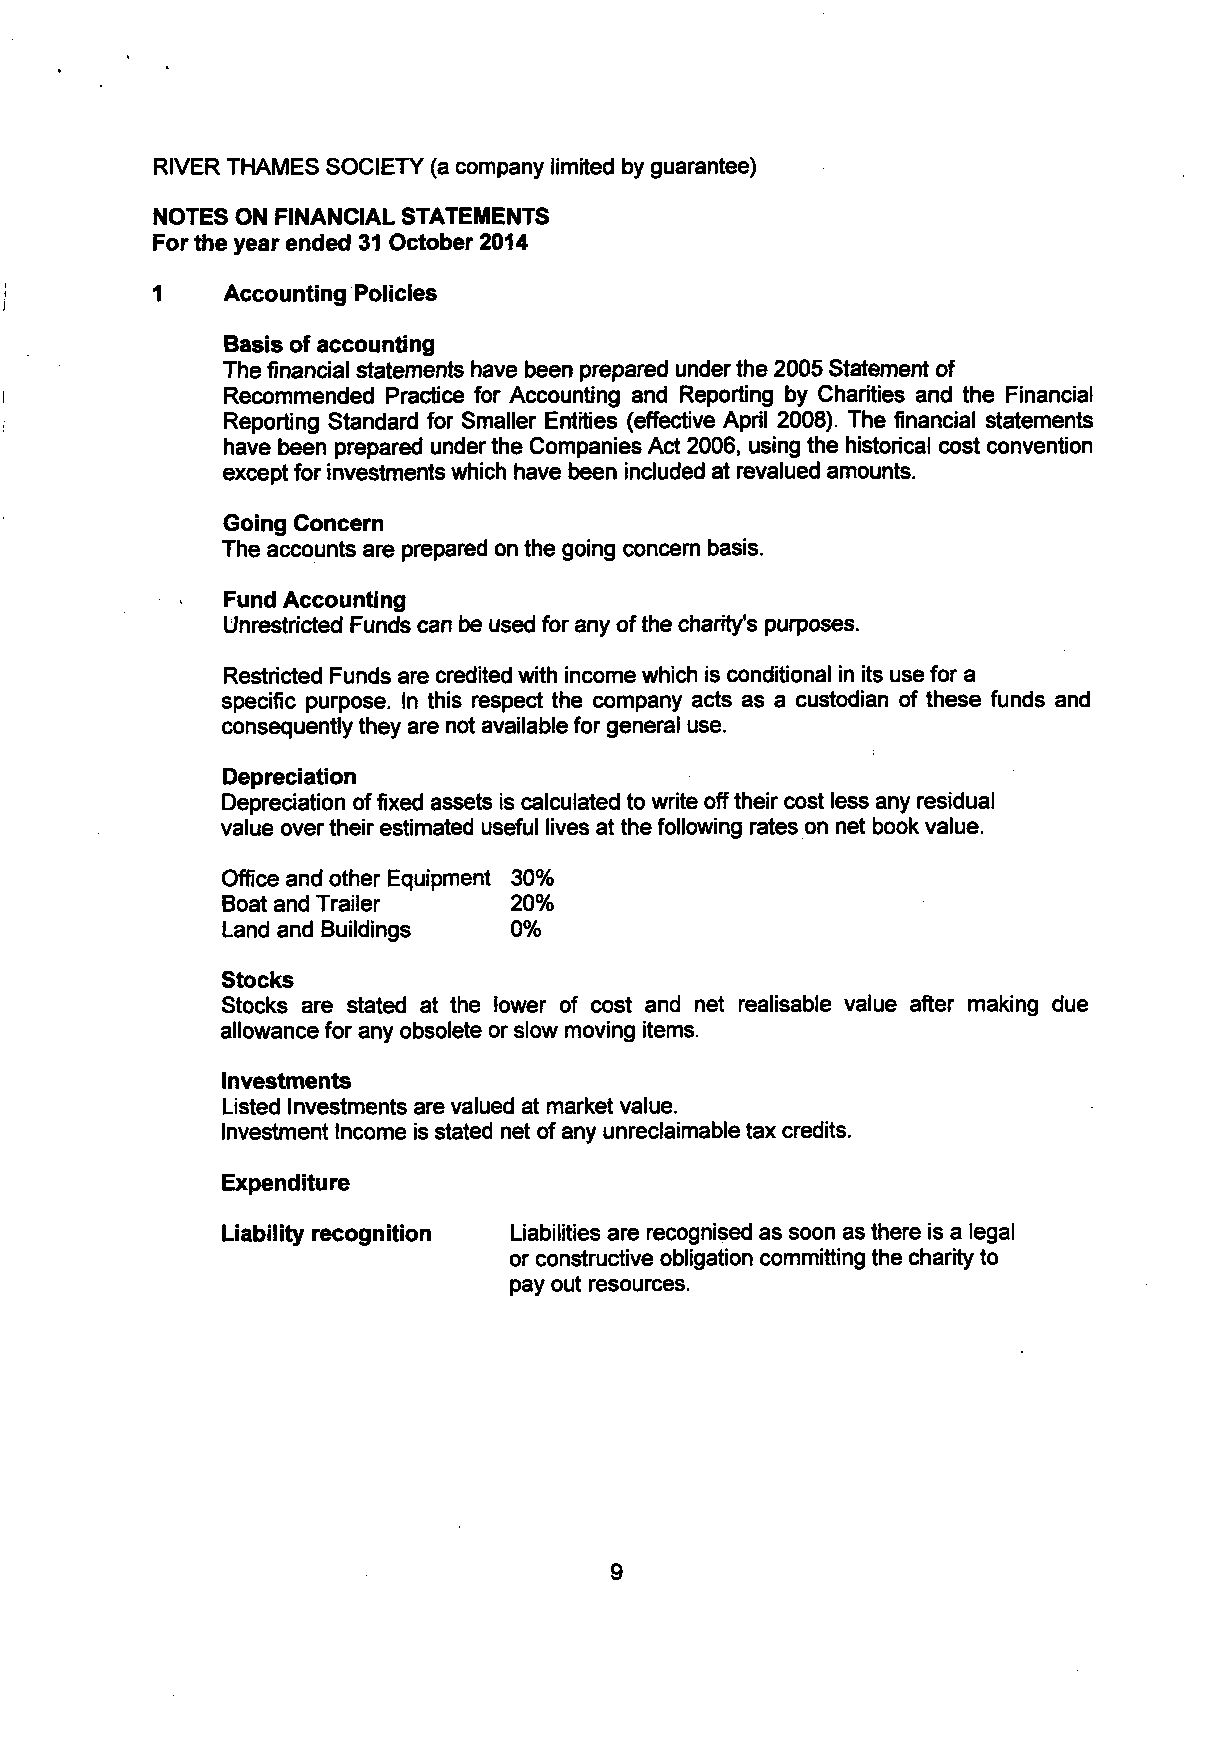
RIVER THAMES SOCIETY (a company limited by guarantee)
 NOTES ON FINANCIAL STATEMENTS
 For the year ended 31 October 2014
 1    Accounting Policies
 Basis of accounting
 The financial statements have been prepared under the 2005 Statement of
 Recommended Practice for Accounting and Reporting by Charities and the Financial
 Reporting Standard for Smaller Entities (effective April 2008). The financial statements
 have been prepared under the Companies Act 2006, using the historical cost convention
 except for investments which have been included at revalued amounts.
 Going Concern
 The accounts are prepared on the going concern basis.
 Fund Accounting
 Unrestricted Funds can be used for any of the charity's purposes.
 Restricted Funds are credited with income which is conditional in its use for a
 specific purpose. In this respect the company acts as a custodian of these funds and
 consequently they are not available for general use.
 Depreciation
 Depreciation of fixed assets is calculated to write off their cost less any residual
 value over their estimated useful lives at the following rates on net book value.
 Office and other Equipment 30%
 Boat and Trailer   20%
 Land and Buildings 0%
 Stocks
 Stocks are stated at the lower of cost and net realisable value after making due
 allowance for any obsolete or slow moving items.
 Investments
 Listed Investments are valued at market value.
 Investment Income is stated net of any unreclaimable tax credits.
 Expenditure
 Liability recognition Liabilities are recognised as soon as there is a legal
 or constructive obligation committing the charity to
 pay out resources.
 9